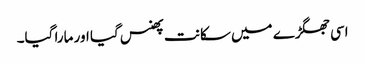
اسی جھگڑے میں سکانت پھنس گیا اور مارا گیا۔